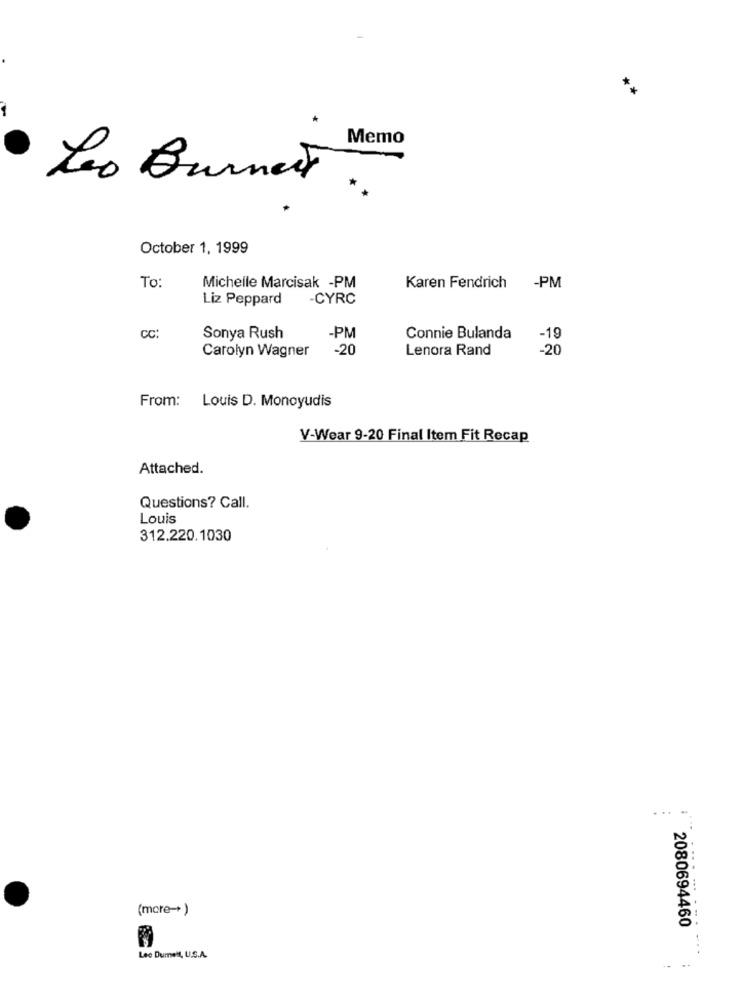
Memo
Leo Burnett ..
October 1, 1999
To:
Michelle Marcisak -PM
Karen Fendrich
-PM
Liz Peppard
-CYRC
CC:
Sonya Rush
-PM
Connie Bulanda
-19
Carolyn Wagner
-20
Lenora Rand
-20
From: Louis D. Monoyudis
V-Wear 9-20 Final Item Fit Recap
Attached.
Questions? Call.
Louis
312.220.1030
...
(more-+ )
2080694460
Leo Dumelt, U.S.A.